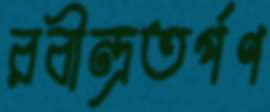
রবীন্দ্রতর্পণ